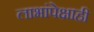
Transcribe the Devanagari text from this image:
लाभांपेक्षाही